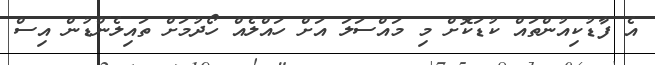
އެ ފާޑުކިއުންތައް ކުޑަކޮށް މި މައްސަލަ އަށް ހައްލެއް ހޯދުމަށް ތައިލެންޑުން އިސް